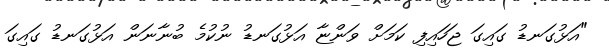
"އަޅުގަނޑު ގައިގަ ޖަހައިފި ކަމަށް ވަންޏާ އަޅުގަނޑު ނުކުމެ ބުނާނަން އަޅުގަނޑު ގައިގަ